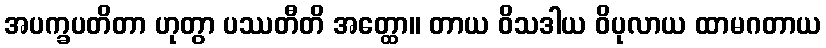
အပက္ခပတိတာ ဟုတွာ ပဿတီတိ အတ္ထော။ တာယ ဝိသဒါယ ဝိပုလာယ ထာမဂတာယ